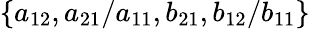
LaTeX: \{ a_{12},a_{21}/a_{11},b_{21},b_{12}/b_{11}\}